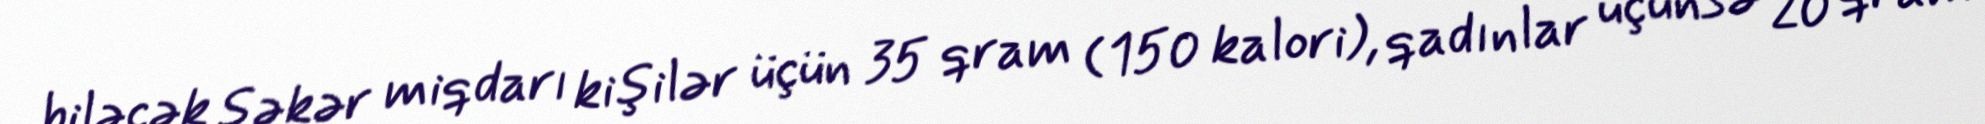
biləcək şəkər miqdarı kişilər üçün 35 qram (150 kalori), qadınlar üçünsə 20 qram